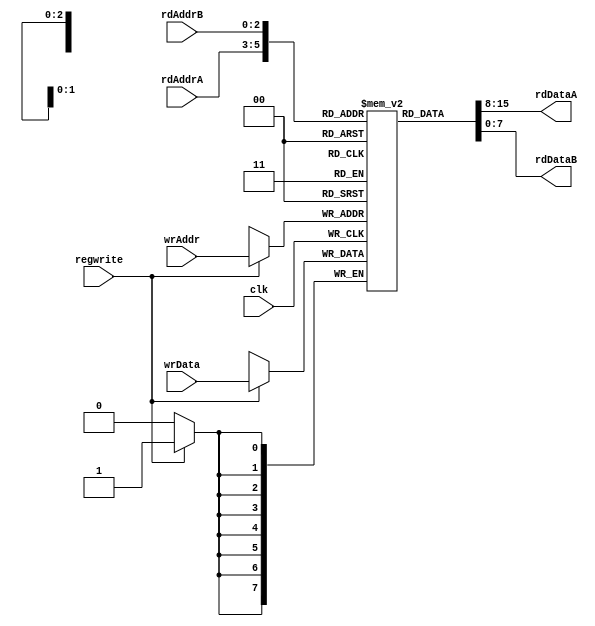
module regfile
  (input clk,
   input regwrite,
   input [2:0] wrAddr,
   input [7:0] wrData,
   input [2:0] rdAddrA,
   output [7:0] rdDataA,
   input [2:0] rdAddrB,
   output [7:0] rdDataB);

   reg [7:0] regs[7:0]; 
   initial begin regs[0] = 0; regs[1] = 1; regs[3] = 12; 
   end
   assign rdDataA = regs[rdAddrA];
   assign rdDataB = regs[rdAddrB];
   

   always @(posedge clk) begin
      if (regwrite)begin regs[wrAddr] = wrData;
	  $display("wraddr = %d, w = %d",wrAddr,regs[wrAddr]);
	  end
   end 
endmodule